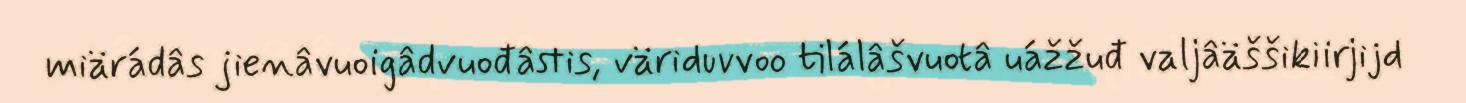
miärádâs jienâvuoigâdvuođâstis, väriduvvoo tilálâšvuotâ uážžuđ valjâäššikiirjijd